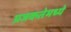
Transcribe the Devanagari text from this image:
प्रजकतेमध्ये